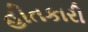
હીતકારી